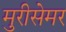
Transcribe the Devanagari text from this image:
मुरीसेमर